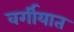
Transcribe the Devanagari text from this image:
वर्गीयात